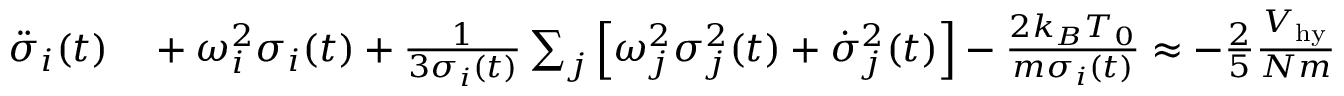
\begin{array} { r l } { \ddot { \sigma } _ { i } ( t ) } & { { } + \omega _ { i } ^ { 2 } \sigma _ { i } ( t ) + \frac { 1 } { 3 \sigma _ { i } ( t ) } \sum _ { j } \left[ \omega _ { j } ^ { 2 } \sigma _ { j } ^ { 2 } ( t ) + \dot { \sigma } _ { j } ^ { 2 } ( t ) \right] - \frac { 2 k _ { B } T _ { 0 } } { m \sigma _ { i } ( t ) } \approx - \frac { 2 } { 5 } \frac { { \cal V } _ { \mathrm { h y } } } { N m } \sum _ { j } \frac { \mu _ { i i j j } ( T ( t ) ) } { \sigma _ { i } ( t ) } \frac { \dot { \sigma } _ { j } ( t ) } { \sigma _ { j } ( t ) } . } \end{array}